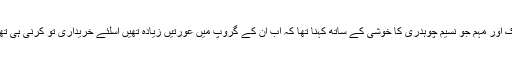
ایک اور مہم جو نسیم چوہدری کا خوشی کے ساتھ کہنا تھا کہ اب اُن کے گروپ میں عورتیں زیادہ تھیں اسلئے خریداری تو کرنی ہی تھی۔